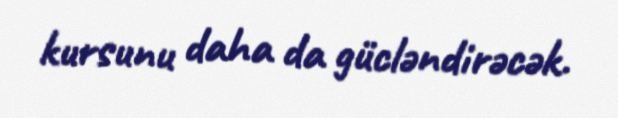
kursunu daha da gücləndirəcək.